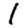
Digit: 1